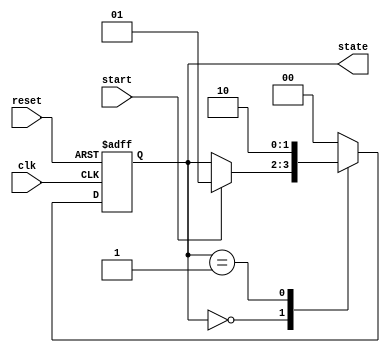
module simple_fsm (
    input wire clk,        // Clock signal
    input wire reset,      // Reset signal
    input wire start,      // Start signal to transition states
    output reg [1:0] state // 2-bit state output
);

    // State encoding
    localparam STATE_IDLE = 2'b00;
    localparam STATE_RUN  = 2'b01;
    localparam STATE_DONE = 2'b10;

    // Initial state
    initial begin
        state = STATE_IDLE;
    end

    // State transition logic
    always @(posedge clk or posedge reset) begin
        if (reset) begin
            state <= STATE_IDLE; // Reset to IDLE state
        end else begin
            case (state)
                STATE_IDLE: begin
                    if (start) begin
                        state <= STATE_RUN; // Transition to RUN state
                    end
                end
                STATE_RUN: begin
                    // Simulate some processing
                    // After some condition, transition to DONE state
                    state <= STATE_DONE; // Transition to DONE state
                end
                STATE_DONE: begin
                    // Optionally, return to IDLE or stay in DONE
                    state <= STATE_IDLE; // Transition back to IDLE state
                end
                default: state <= STATE_IDLE; // Default case
            endcase
        end
    end

endmodule